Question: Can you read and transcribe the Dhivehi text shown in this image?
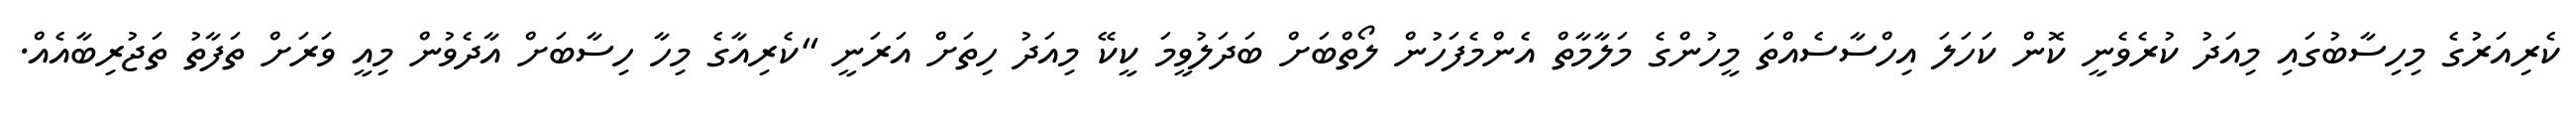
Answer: ކެރިއަރުގެ މިހިސާބުގައި މިއަދު ކުރެވެނީ ކޮން ކަހަލަ އިހްސާސެއްތަ މީހުންގެ މަލާމާތް އެންމެފަހުން ލޯތްބަށް ބަދަލުވީމަ ކީކޭ މިއަދު ހިތަށް އަރަނީ "ކެރިއާގެ މިހާ ހިސާބަށް އާދެވުން މިއީ ވަރަށް ތަފާތު ތަޖުރިބާއެއް.